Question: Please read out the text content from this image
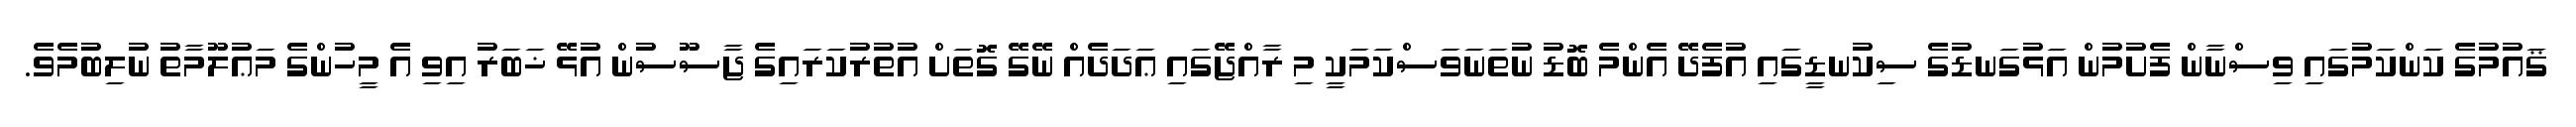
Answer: ޤައުމުގެ ކަންކަމުގައި ވިސްނާން ފެށުމުން އަޅުގަނޑުގެ ސިކުނޑީގައި އުފެދޭ އެންމެ ބޮޑު ނުތަނަވަސްކަމަކީ މި ރާއްޖޭގައި ޢަދަދެއް ނޭގޭ ގޮތަށް އުތުރުކަރައިގެ ޖާސޫސުން އުޅޭ ޚަބަރު އިވި އެ މީހުންގެ މަޢުލޫމާތު ނުލިބުމެވެ.